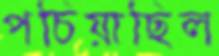
পচিয়াছিল